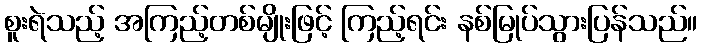
စူးရဲသည့် အကြည့်တစ်မျိုးဖြင့် ကြည့်ရင်း နစ်မြုပ်သွားပြန်သည်။